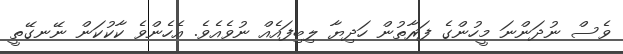
ވެސް ނުދަންނަ މީހުންގެ ފަރާތުން ހަދިޔާ ލިބިފައެއް ނުވެއެވެ. އެހެންވެ ކާކުކަން ނޭނގޭތީ